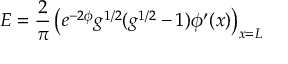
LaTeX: E = { \frac { 2 } { \pi } } \left( e ^ { - 2 \phi } g ^ { 1 / 2 } ( g ^ { 1 / 2 } - 1 ) \phi ^ { \prime } ( x ) \right) _ { x = L }